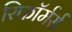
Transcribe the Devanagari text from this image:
रिफॉर्मर्स